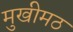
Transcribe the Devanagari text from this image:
मुखीमठ